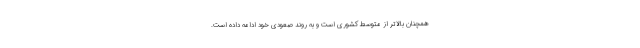
همچنان بالاتر از متوسط کشوری است و به روند صعودی خود ادامه داده است.